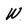
Character: W